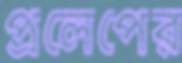
প্রলেপের